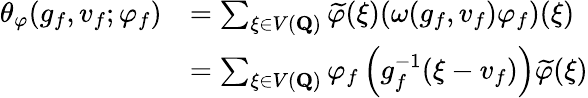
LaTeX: \begin{array}{rl}{\theta_{\varphi}(g_{f},v_{f};\varphi_{f})}&{=\sum_{\xi\in V(\mathbf{Q})}\widetilde{\varphi}(\xi)(\omega(g_{f},v_{f})\varphi_{f})(\xi)}\\ &{=\sum_{\xi\in V(\mathbf{Q})}\varphi_{f}\left(g_{f}^{-1}(\xi-v_{f})\right)\widetilde{\varphi}(\xi)}\end{array}